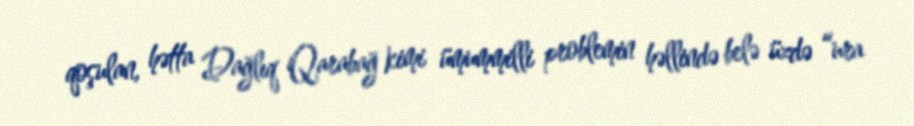
qoşulan, hətta Dağlıq Qarabağ kimi ümummilli problemin həllində belə üzdə “ura